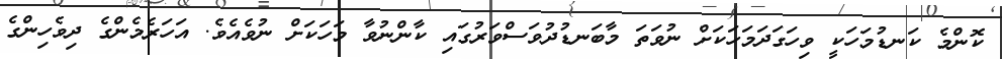
ކޮންމެ ކަނޑުމަހަކީ ވިހަގަދަމަހަކަށް ނުވަތަ މާބަނޑުދުވަސްވަރުގައި ކާންނުވާ މަހަކަށް ނުވެއެވެ. އަހަރެމެންގެ ދިވެހިންގެ